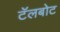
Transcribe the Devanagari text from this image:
टॅलबोट